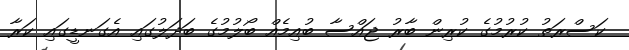
ކަސްރަތު ކުރުމުގެ ކުރިން ބާރު ޖައްސާ ބުއިމެއް ބޯލުމުގެ ބަދަލުގައި އެގަނޑީގައި ކަރާ